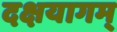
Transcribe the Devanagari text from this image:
दक्षयागम्